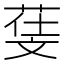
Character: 𣁙